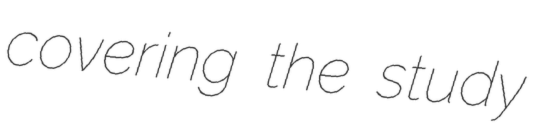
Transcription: covering the study